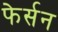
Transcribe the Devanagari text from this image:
फेर्सन